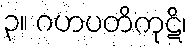
၃။ ဂဟပတိကုဋိ၊